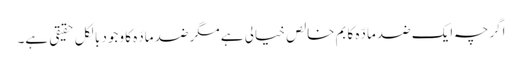
اگرچہ ایک ضد مادّہ کا بم خالص خیالی ہے مگر ضد مادّہ کا وجود بالکل حقیقی ہے۔